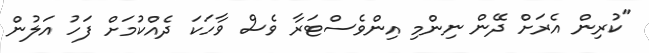
"ކުރިން އެރަށް ދޭން ނިންމި އިންވެސްޓަރާ ވެސް ވާހަކަ ދެއްކުމަށް ފަހު އަލުން